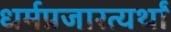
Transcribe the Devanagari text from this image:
धर्मप्रजारत्यर्थां